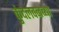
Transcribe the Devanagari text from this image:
कुंदलवनच्या